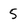
Character: 5